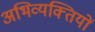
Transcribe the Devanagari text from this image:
अभिव्यक्‍तियों